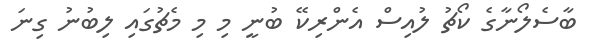
ބާސެލޯނާގެ ކޯޗު ލުއިސް އެންރިކޭ ބުނީ މި މި މެޗުގައި ލިބުނު ގިނަ